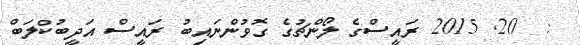
:  20